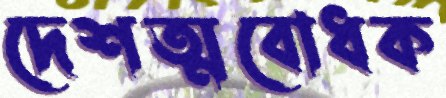
দেশত্মবোধক